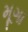
મૂગા